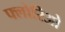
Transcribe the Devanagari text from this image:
फ्लोरिओ